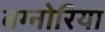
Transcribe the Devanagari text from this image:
बग्नोरिया